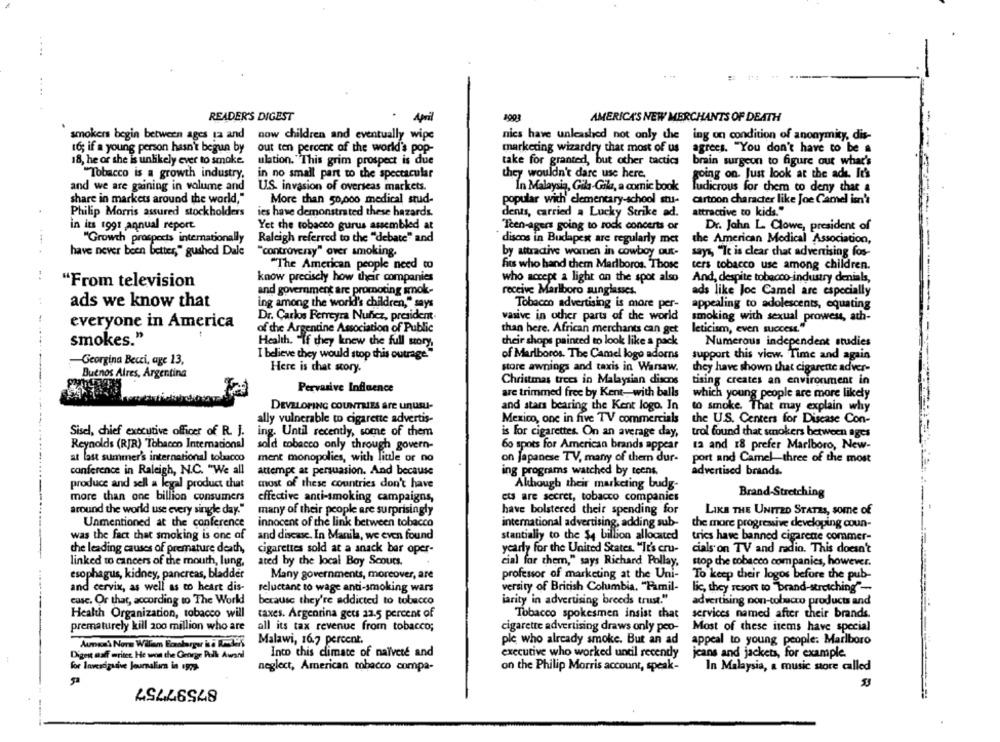
...
READER'S DIGEST
. April
April
1903
AMERICA'S NEW MERCHANTS OF DEATH
smokers begin between ages ta and
now children and eventually wipe
nies have unleashed not only the
ing on condition of anonymity, dis-
16; if a young person hasn't begun by
out ten percent of the world's pop-
marketing wizardry that most of us agrees. "You don't have to be a
18, he or she is unlikely ever to smoke.
ulation. "This grim prospect is due
take for granted, but other tactics
brain surgeon to figure out what's
"Tobacco is a growth industry.
in no small part to the spectacular
they wouldn't dare use here.
going on. Just look at the ade. It's
and we are gaining in volume and
U.S. invasion of overseas markets.
In Malaysia, Gila-Gila, a comic book
ludicrous for them to deny that a
share in markets around the world,"
More than 50,000 medical stud-
popular with elementary-school stu-
cartoon character like Joe Camel is's
Philip Morris assured stockholders
ies have demonstrated these hazards.
dents, carried a Lucky Strike ad.
attractive to kids."
in its 1991 annual report
Yet the tobacco gurus assembled at
Teen-agers going to rock concerts or
Dr. John L. Clowe, president of
"Growth prospects internationally
Raleigh referred to the "debate" and
discos in Budapest are regularly met
the American Medical Association,
have never been better," gushed Dale
"controveny" over smoking.
by attractive women in cowboy out-
says, "Te is clear chat advertising fos-
"The American people need to
fits who hand them Mariboros. Those
ters tobacco use among children.
-.
"From television
know precisely how their companies
who accept a light on the spot also
And, despite tobacco-industry denials,
and government are promoting smok-
receive Marlboro sunglasses.
ads like Joc Camel are especially
ads we know that
ing among the world's children," says
Tobacco advertising is more per-
appealing to adolescents, equating
Dr. Carlos Ferreyra Nuñez, president
vasive in other parts of the world
smoking with sexual prowess, ath-
everyone in America
of the Argentine Association of Public
than here. African merchants can get
leticism, even success."
smokes."
Health. "If they knew the full story,
their shops painted to look like a pack
Numerous independent studies
I believe they would stop this outrage"
of Marlboros. The Camel logo adorns
support this view. Time and again
Georgina Becci, age 13,
Here is that story.
store awnings and taxis in Warsaw.
they have shown that cigarette adver-
Buenos Aires, Argentina
Christmas trees in Malaysian disens
tising creates an environment in
Pervasive Influence
are trimmed free by Kent-with balls
which young people are more likely
DEVELOPING COUNTRIES Are unUSU-
and stars bearing the Kent logo. In
to smoke. That may explain why
ally vulnerable to cigarette advertis-
Mexico, one in five TV commercials
the U.S. Centers for Disease Con-
Sisel, chief executive officer of R. J.
ing. Until recently, some of them
is for cigarettes. On an average day,
trol found that smokers between ages
Reynolds (RJR) Tobacco International
sold tobacco only through govern-
60 spots for American brands appear
12 and 18 prefer Marlboro, New-
at last summer's international tobacco
ment monopolies, with little or no
on Japanese TV, many of thern dur-
port and Camel three of the most
conference in Raleigh, N.C. "We all
attempt at persuasion. And because
ing programs watched by teens
advertised brands.
produce and sell a legal product chat
most of these countries don't have
Akhough their marketing budg-
more than one billion consumers
ets are secret, tobacco companies
Brand-Stretching
effective anti-smoking campaigns,
around the world use every single day."
many of their people are surprisingly
have bolstered their spending for
LIKE THE UNITED STATES, some of
Unmentioned at the conference
innocent of the link between tobacco
international advertising, adding sub-
the more progressive developing coun-
stantially to the $4 billion allocated
was the fact that smoking is one of
and disease. In Manila, we even found
trics have banned cigarene commer-
the leading causes of premature death,
cigarettes sold at a snack bar oper-
yearly for the United States. "It's cru-
cials on TV and radio. This doesn't
linked to cancers of the mouth, lung,
ated by the local Boy Scouts.
cial for them," says Richard Pollay,
stop the tobacco companies, however.
esophagus, kidney, pancreas, bladder
Many governments, moreover, are
professor of marketing at the Uni-
To keep their logos before the pub-
and cervix, as well as to heart dis-
reluctant to wage anti-smoking wars
versity of British Columbia, "Famil-
lic, they sesont to "brand-stretching" -.
casc. Or that, according to The World
because they're addicted to tobacco
iarity in advertising breeds trust."
advertising pon-tobacco products and
Health Organization, tobacco will
taxes. Argentina gets 22.5 percent of
Tobacco spokesmen insist that
services named after their brands.
prematurely kill 200 million who are
all its tax revenue from tobacco;
cigarette advertising draws only poo-
Most of these items have special
Aunsså Norm Willam Bowberger ii -39%
Malawi, 16.7 percent.
ple who already smoke. But an ad
appeal to young people: Marlboro
Diget maff writer. He won the George Pull Award
Into this climate of naïveté and
executive who worked until recently
jeans and jackets, for example.
for lavesdigunive Journalisma in 197a.
neglect, American tobacco compa-
on the Philip Morris account, speak-
In Malaysia, a music store called
87597757